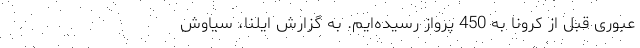
عبوری قبل از کرونا به 450 پرواز رسیده‌ایم. به گزارش ایلنا، سیاوش